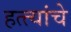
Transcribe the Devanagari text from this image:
हत्त्यांचे